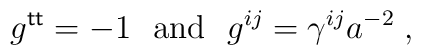
g^{\sf t t }=-1 ~~\mbox{and}~~ g^{ij}=\gamma^{ij}a^{-2} \;,